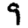
Digit: 9